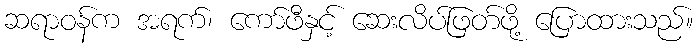
ဆရာဝန်က အရက်၊ ကော်ဖီနှင့် ဆေးလိပ်ဖြတ်ဖို့ ပြောထားသည်။